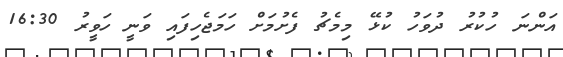
އަންނަ ހުކުރު ދުވަހު ކުޅޭ މިމެޗު ފެށުމަށް ހަމަޖެހިފައި ވަނީ ހަވީރު 16:30